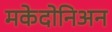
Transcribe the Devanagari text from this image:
मकेदोनिअन